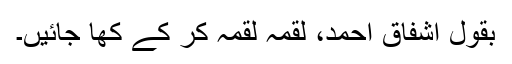
بقول اشفاق احمد، لقمہ لقمہ کر کے کھا جائیں۔